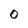
Character: O